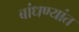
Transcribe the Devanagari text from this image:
बांधण्यांत